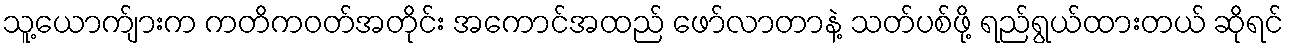
သူ့ယောက်ျားက ကတိကဝတ်အတိုင်း အကောင်အထည် ဖော်လာတာနဲ့ သတ်ပစ်ဖို့ ရည်ရွယ်ထားတယ် ဆိုရင်